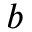
b